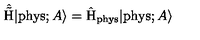
\hat { \tilde { \mathrm { H } } } | \mathrm { p h y s } ; A \rangle = \hat { \mathrm { H } } _ { \mathrm { p h y s } } | \mathrm { p h y s } ; A \rangle